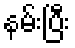
နမ်းပြီး